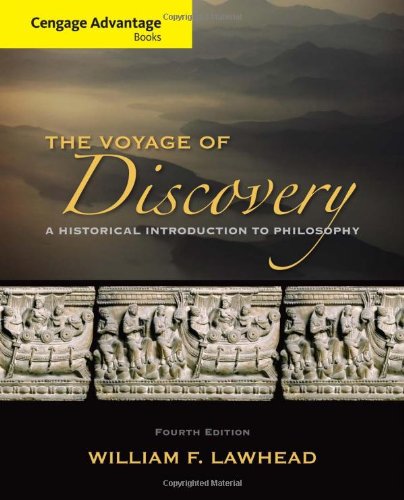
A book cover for Cengage Advantage Series: Voyage of Discovery: A Historical Introduction to Philosophy; William F. Lawhead; Politics & Social Sciences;